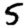
Digit: 5